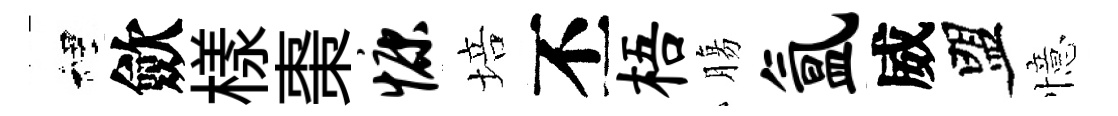
裡歛樣棗慷培丕梧膓氲威盟憶